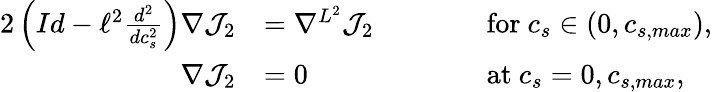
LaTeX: \begin{array}{rlrl}{{2}\left(Id-\ell^{2}\frac{d^{2}}{dc_{s}^{2}}\right)\nabla\mathcal{J}_{2}}&{=\nabla^{L^{2}}\mathcal{\mathcal{J}}_{2}}&{\qquad}&{\textrm{for}\ c_{s}\in(0,c_{s,max}),}\\ {\nabla{\mathcal{J}}_{2}}&{=0}&{\qquad}&{\textrm{at}\ c_{s}=0,c_{s,max},}\end{array}